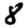
Digit: 8